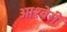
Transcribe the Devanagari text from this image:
आश्बेरी